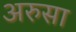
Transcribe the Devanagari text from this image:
अरुसा